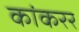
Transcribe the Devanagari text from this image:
कांकरर